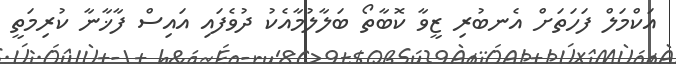
އަކްމަލް ފަހަތަށް އެނބުރި ޒީވާ ކޮބާތޯ ބަލާލުމާއެކު ދުވެފައި އައިސް ފާޚާނާ ކުރިމަތީ